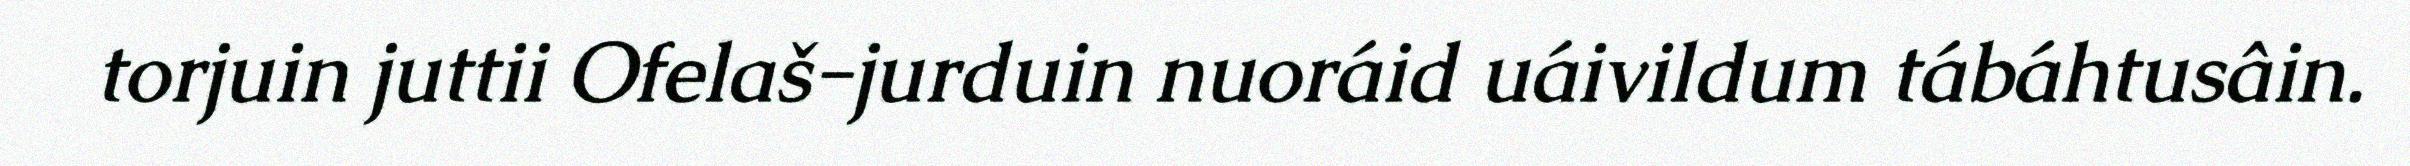
torjuin juttii Ofelaš-jurduin nuoráid uáivildum tábáhtusâin.